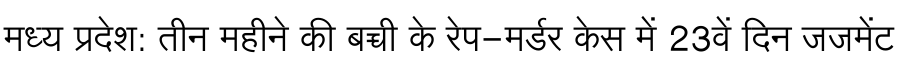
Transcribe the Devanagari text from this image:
मध्य प्रदेश: तीन महीने की बच्ची के रेप-मर्डर केस में 23वें दिन जजमेंट